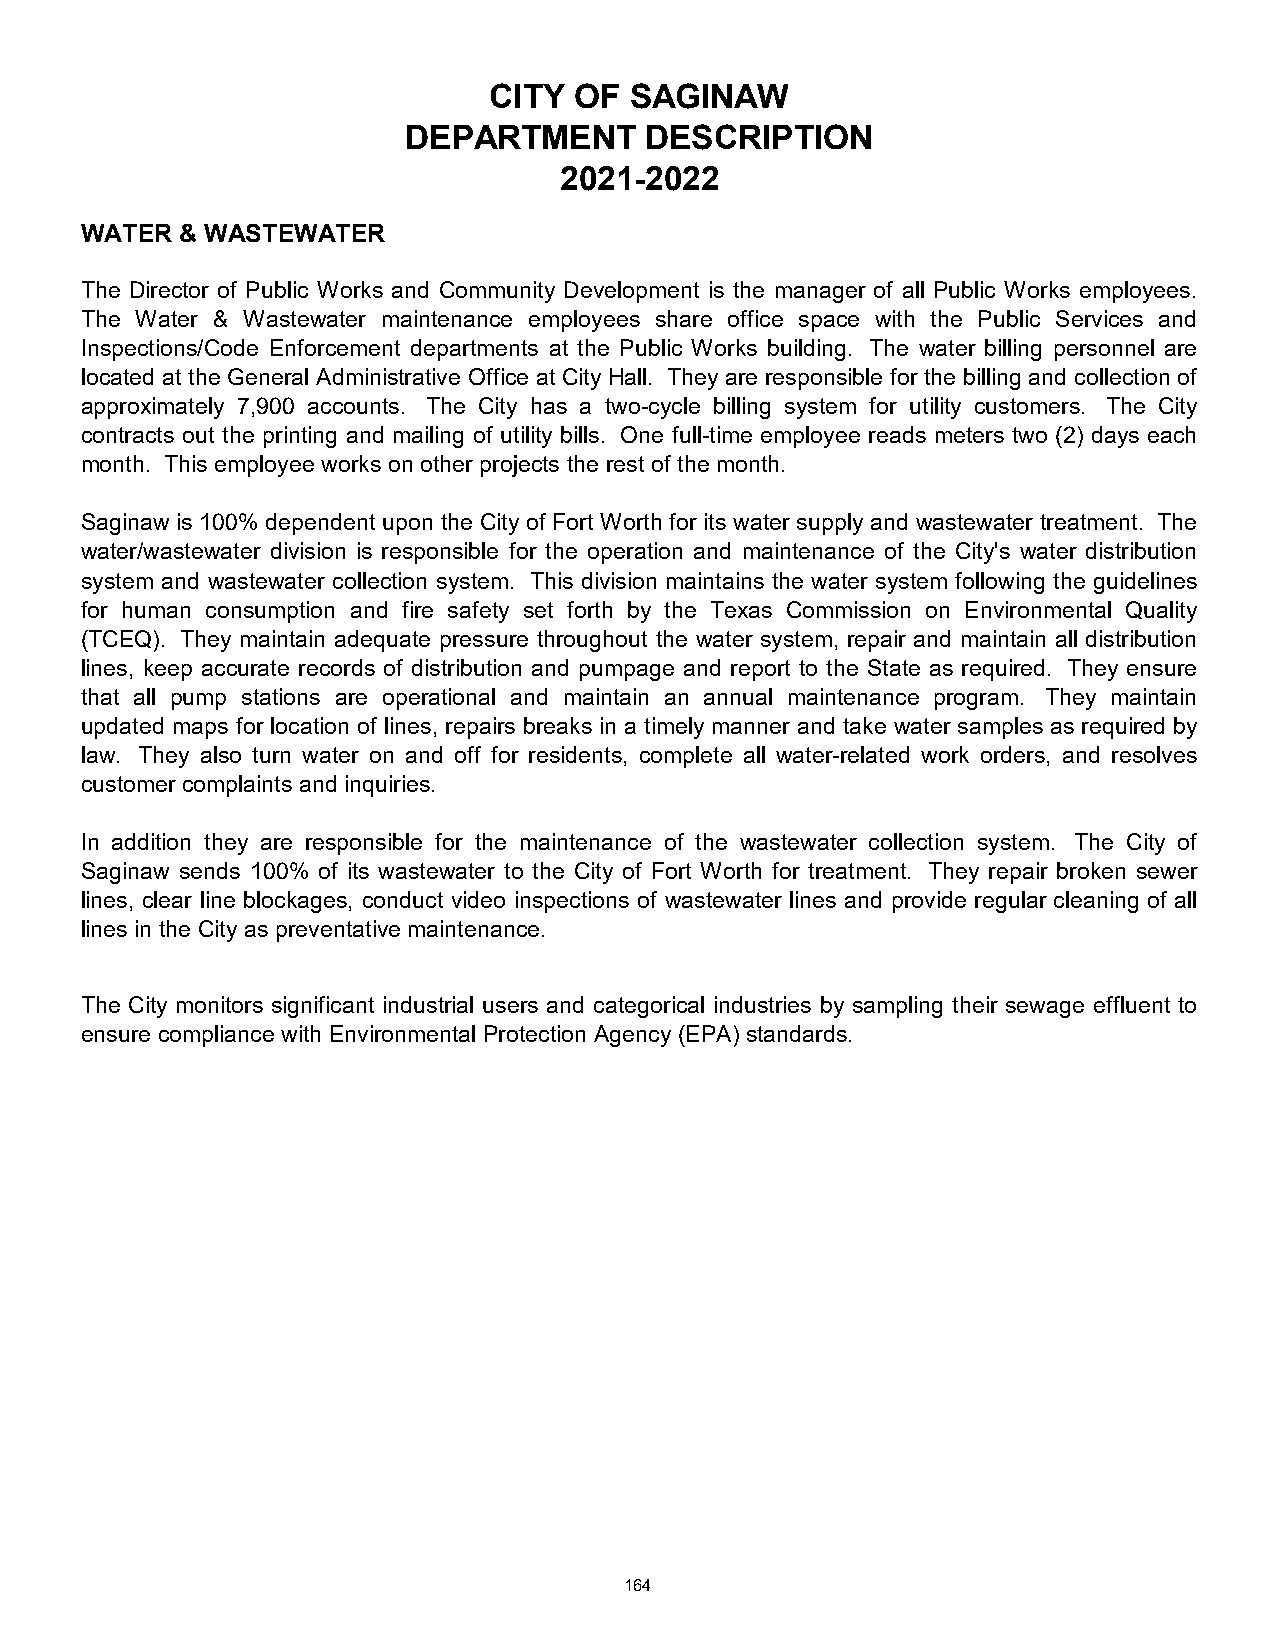
CITY  OF  SAGINAW
 DEPARTMENT      DESCRIPTION
 2021-2022
 WATER  & WASTEWATER
 The Director of Public Works and Community Development is the manager of all Public Works employees.
 The Water & Wastewater maintenance employees share office space with the Public Services and
 Inspections/Code Enforcement departments at the Public Works building. The water billing personnel are
 located at the General Administrative Office at City Hall. They are responsible for the billing and collection of
 approximately 7,900 accounts. The City has a two-cycle billing system for utility customers. The City
 contracts out the printing and mailing of utility bills. One full-time employee reads meters two (2) days each
 month. This employee works on other projects the rest of the month.
 Saginaw is 100% dependent upon the City of Fort Worth for its water supply and wastewater treatment. The
 water/wastewater division is responsible for the operation and maintenance of the City's water distribution
 system and wastewater collection system. This division maintains the water system following the guidelines
 for human consumption and fire safety set forth by the Texas Commission on Environmental Quality
 (TCEQ). They maintain adequate pressure throughout the water system, repair and maintain all distribution
 lines, keep accurate records of distribution and pumpage and report to the State as required. They ensure
 that all pump stations are operational and maintain an annual maintenance program. They maintain
 updated maps for location of lines, repairs breaks in a timely manner and take water samples as required by
 law. They also turn water on and off for residents, complete all water-related work orders, and resolves
 customer complaints and inquiries.
 In addition they are responsible for the maintenance of the wastewater collection system. The City of
 Saginaw sends 100% of its wastewater to the City of Fort Worth for treatment. They repair broken sewer
 lines, clear line blockages, conduct video inspections of wastewater lines and provide regular cleaning of all
 lines in the City as preventative maintenance.
 The City monitors significant industrial users and categorical industries by sampling their sewage effluent to
 ensure compliance with Environmental Protection Agency (EPA) standards.
 164